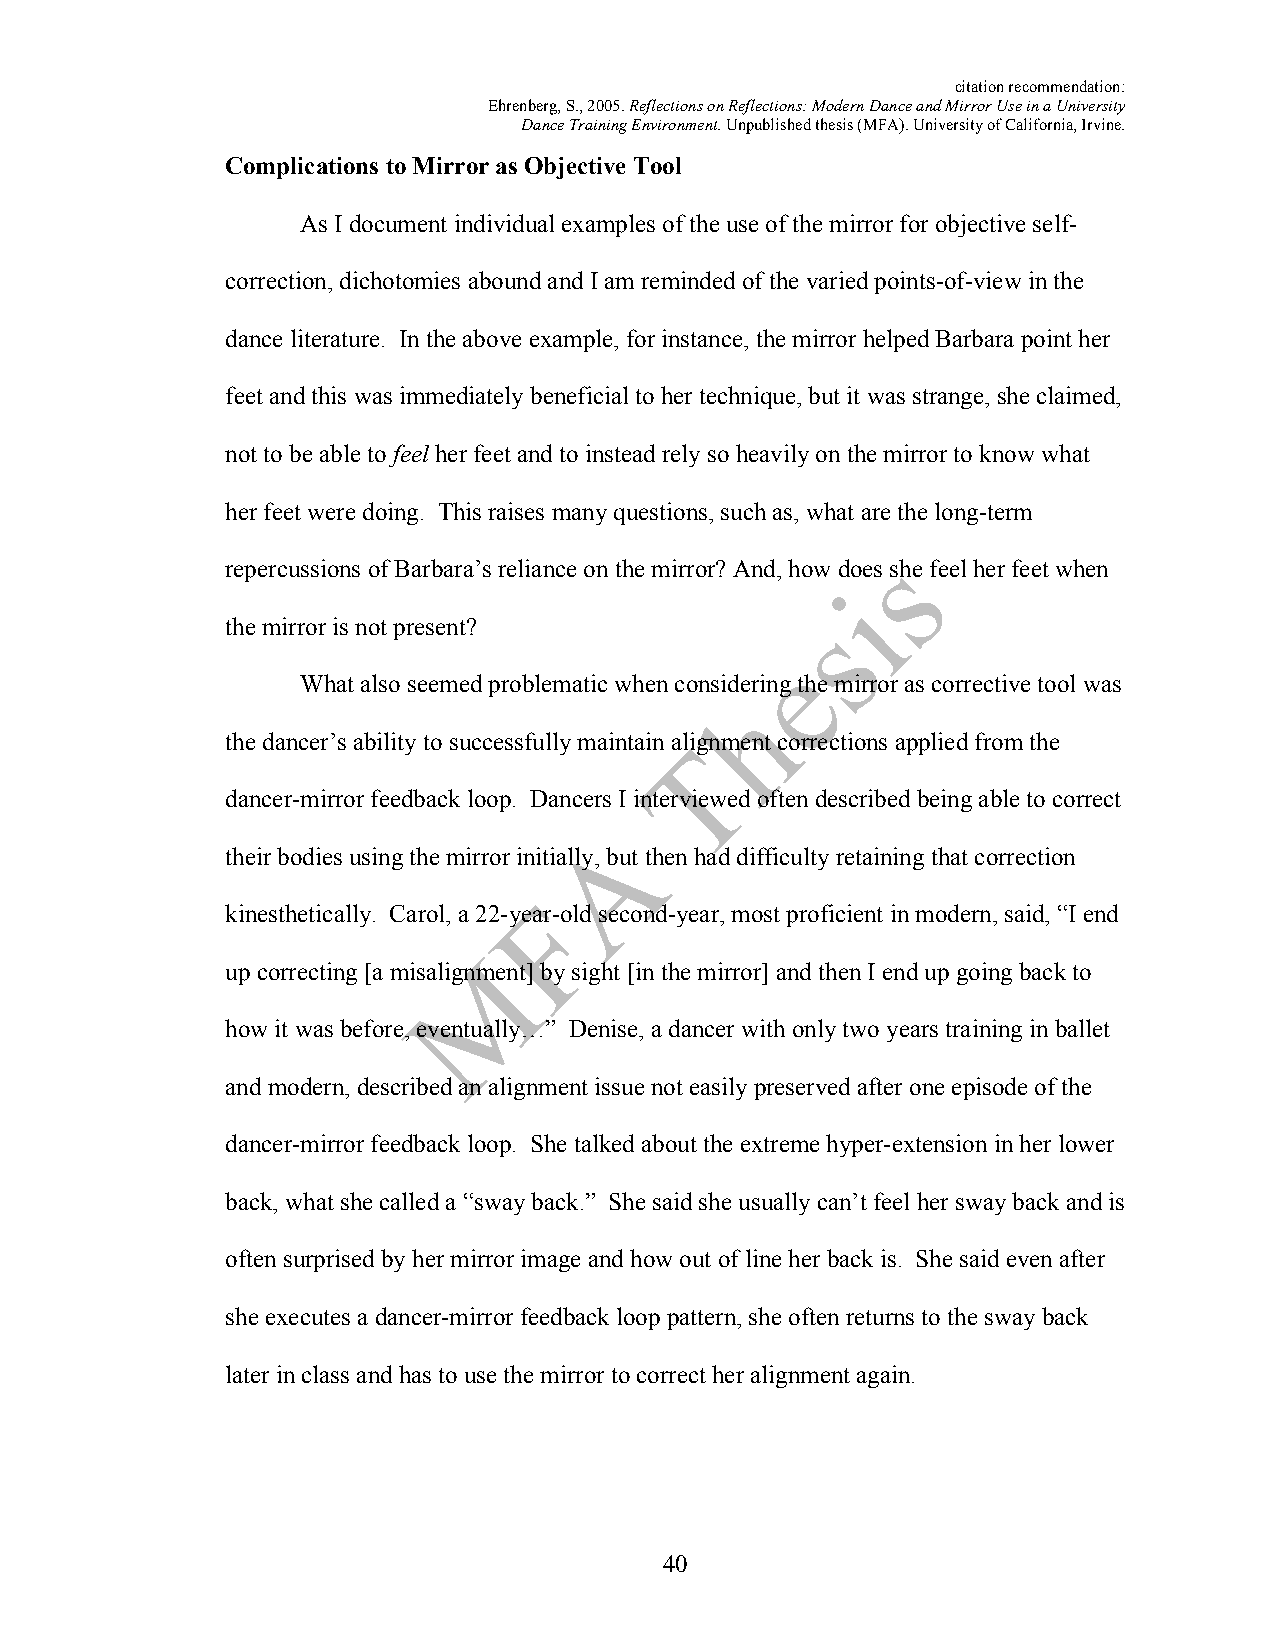
citation recommendation:
 Ehrenberg, S., 2005. Reflections on Reflections: Modern Dance and Mirror Use in a University
 Dance Training Environment. Unpublished thesis (MFA). University of California, Irvine.
 Complications to Mirror as Objective Tool
 As I document individual examples of the use of the mirror for objective self-
 correction, dichotomies abound and I am reminded of the varied points-of-view in the
 dance literature. In the above example, for instance, the mirror helped Barbara point her
 feet and this was immediately beneficial to her technique, but it was strange, she claimed,
 not to be able to feel her feet and to instead rely so heavily on the mirror to know what
 her feet were doing. This raises many questions, such as, what are the long-term
 repercussions of Barbara’s reliance on the mirror? And, how does she feel her feet when
 the mirror is not present?
 What also seemed problematic when considering the mirror as corrective tool was
 the dancer’s ability to successfully maintain alignment corrections applied from the
 dancer-mirror feedback loop. Dancers I interviewed often described being able to correct
 their bodies using the mirror initially, but then had difficulty retaining that correction
 kinesthetically. Carol, a 22-year-old second-year, most proficient in modern, said, “I end
 up correcting [a misalignment] by sight [in the mirror] and then I end up going back to
 how it was before, eventually…” Denise, a dancer with only two years training in ballet
 and modern, described an alignment issue not easily preserved after one episode of the
 dancer-mirror feedback loop. She talked about the extreme hyper-extension in her lower
 back, what she called a “sway back.” She said she usually can’t feel her sway back and is
 often surprised by her mirror image and how out of line her back is. She said even after
 she executes a dancer-mirror feedback loop pattern, she often returns to the sway back
 later in class and has to use the mirror to correct her alignment again.
 40